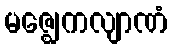
မဇ္ဈေကလျာဏံ